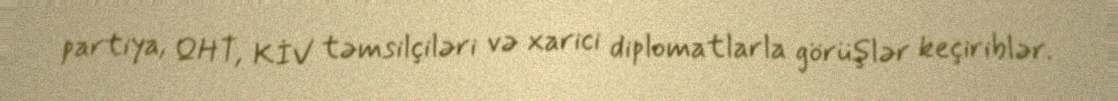
partiya, QHT, KİV təmsilçiləri və xarici diplomatlarla görüşlər keçiriblər.